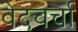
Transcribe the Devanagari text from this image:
वेदचर्चा